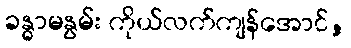
ခန္ဓာမနွမ်း ကိုယ်လက်ကျန်အောင်,